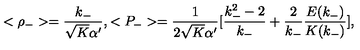
< \rho _ { - } > = \frac { k _ { - } } { \sqrt { K } \alpha ^ { \prime } } , < P _ { - } > = \frac { 1 } { 2 \sqrt { K } \alpha ^ { \prime } } [ \frac { k _ { - } ^ { 2 } - 2 } { k _ { - } } + \frac { 2 } { k _ { - } } \frac { E ( k _ { - } ) } { K ( k _ { - } ) } ] ,